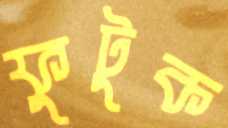
ফুটুক